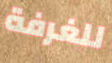
للغرفة